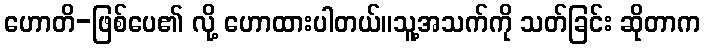
ဟောတိ-ဖြစ်ပေ၏ လို့ ဟောထားပါတယ်။သူ့အသက်ကို သတ်ခြင်း ဆိုတာက